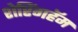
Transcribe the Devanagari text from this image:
शेरिंगहॅम